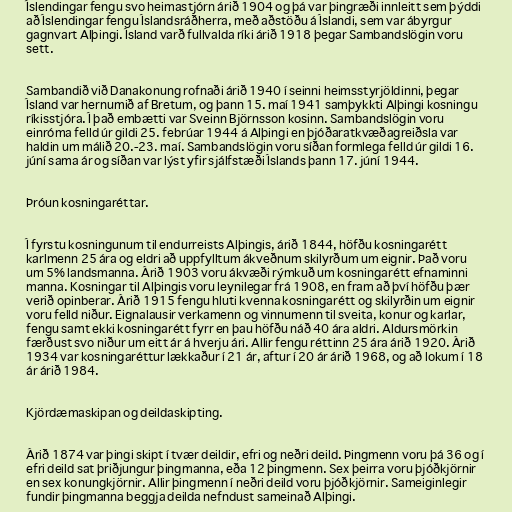
Íslendingar fengu svo heimastjórn árið 1904 og þá var þingræði innleitt sem þýddi
að Íslendingar fengu Íslandsráðherra, með aðstöðu á Íslandi, sem var ábyrgur
gagnvart Alþingi. Ísland varð fullvalda ríki árið 1918 þegar Sambandslögin voru
sett.

Sambandið við Danakonung rofnaði árið 1940 í seinni heimsstyrjöldinni, þegar
Ísland var hernumið af Bretum, og þann 15. maí 1941 samþykkti Alþingi kosningu
ríkisstjóra. Í það embætti var Sveinn Björnsson kosinn. Sambandslögin voru
einróma felld úr gildi 25. febrúar 1944 á Alþingi en þjóðaratkvæðagreiðsla var
haldin um málið 20.-23. maí. Sambandslögin voru síðan formlega felld úr gildi 16.
júní sama ár og síðan var lýst yfir sjálfstæði Íslands þann 17. júní 1944.

Þróun kosningaréttar.

Í fyrstu kosningunum til endurreists Alþingis, árið 1844, höfðu kosningarétt
karlmenn 25 ára og eldri að uppfylltum ákveðnum skilyrðum um eignir. Það voru
um 5% landsmanna. Árið 1903 voru ákvæði rýmkuð um kosningarétt efnaminni
manna. Kosningar til Alþingis voru leynilegar frá 1908, en fram að því höfðu þær
verið opinberar. Árið 1915 fengu hluti kvenna kosningarétt og skilyrðin um eignir
voru felld niður. Eignalausir verkamenn og vinnumenn til sveita, konur og karlar,
fengu samt ekki kosningarétt fyrr en þau höfðu náð 40 ára aldri. Aldursmörkin
færðust svo niður um eitt ár á hverju ári. Allir fengu réttinn 25 ára árið 1920. Árið
1934 var kosningaréttur lækkaður í 21 ár, aftur í 20 ár árið 1968, og að lokum í 18
ár árið 1984.

Kjördæmaskipan og deildaskipting.

Árið 1874 var þingi skipt í tvær deildir, efri og neðri deild. Þingmenn voru þá 36 og í
efri deild sat þriðjungur þingmanna, eða 12 þingmenn. Sex þeirra voru þjóðkjörnir
en sex konungkjörnir. Allir þingmenn í neðri deild voru þjóðkjörnir. Sameiginlegir
fundir þingmanna beggja deilda nefndust sameinað Alþingi.